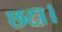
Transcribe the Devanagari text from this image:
छटा।